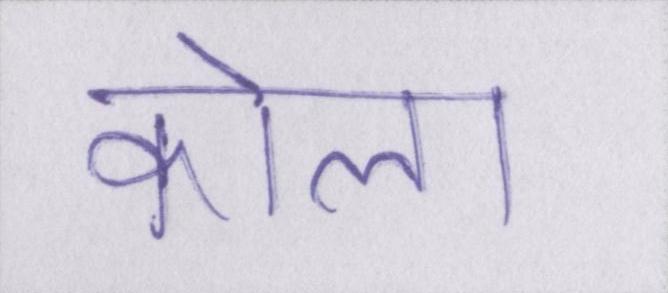
कोला